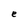
Character: e